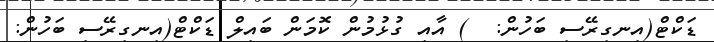
ޑަކްޓް(އިނގިރޭސި ބަހުން:  ) އާއި ގުޅުމުން ކޮމަން ބައިލް ޑަކްޓް(އިނގިރޭސި ބަހުން: